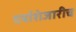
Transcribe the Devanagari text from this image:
दर्याशेजारीच